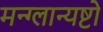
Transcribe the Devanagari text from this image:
मन्ग्लान्यष्टो